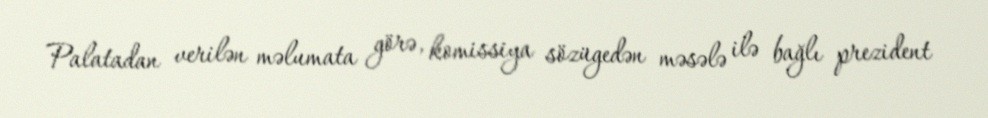
Palatadan verilən məlumata görə, komissiya sözügedən məsələ ilə bağlı prezident